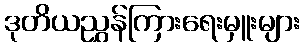
ဒုတိယညွှန်ကြားရေးမှူးများ